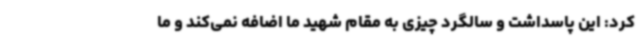
کرد: این پاسداشت و سالگرد چیزی به مقام شهید ما اضافه نمی‌کند و ما